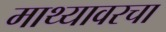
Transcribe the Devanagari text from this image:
माथ्यावरचा